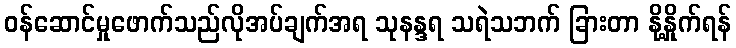
ဝန်ဆောင်မှုဖောက်သည်လိုအပ်ချက်အရ သုနန္ဒရ သရဲသဘက် ခြားတာ နို့နှိုက်ရန်